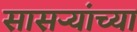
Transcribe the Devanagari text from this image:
सासऱ्यांच्या